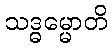
သဒ္ဓမ္မောတိ